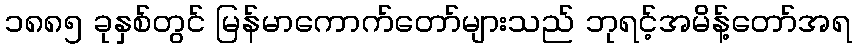
၁၈၈၅ ခုနှစ်တွင် မြန်မာကောက်တော်များသည် ဘုရင့်အမိန့်တော်အရ